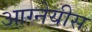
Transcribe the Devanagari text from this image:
आग्‍नेयीस